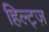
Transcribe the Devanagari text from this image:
हिल्ट्ज़